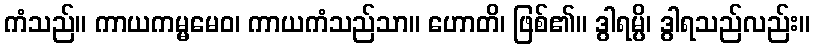
ကံသည်။ ကာယကမ္မမေဝ၊ ကာယကံသည်သာ။ ဟောတိ၊ ဖြစ်၏။ ဒွါရမ္ပိ၊ ဒွါရသည်လည်း။